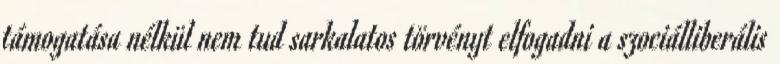
támogatása nélkül nem tud sarkalatos törvényt elfogadni a szociálliberális